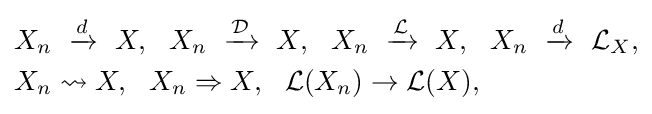
{\begin{aligned}{}&X_{n}\ \xrightarrow {d} \ X,\ \ X_{n}\ \xrightarrow {\mathcal {D}} \ X,\ \ X_{n}\ \xrightarrow {\mathcal {L}} \ X,\ \ X_{n}\ \xrightarrow {d} \ {\mathcal {L}}_{X},\\&X_{n}\rightsquigarrow X,\ \ X_{n}\Rightarrow X,\ \ {\mathcal {L}}(X_{n})\to {\mathcal {L}}(X),\\\end{aligned}}